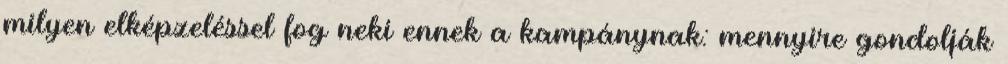
milyen elképzeléssel fog neki ennek a kampánynak: mennyire gondolják